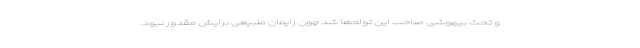
و تحت بیهوشی صاحب این توله‌ها شد چون زایمان طبیعی برایش مقدور نبود.